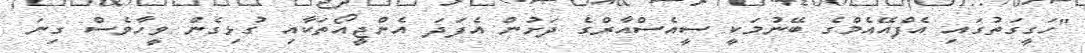
"ހަގީގަތުގައި އެފްއޭއެމްގެ ބޭނުމަކީ ސީއެސްއާރްގެ ދަށުން އެފަދަ އެންޖީއޯތަކާއި ގުޅިގެން ވީހާވެސް ގިނަ